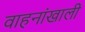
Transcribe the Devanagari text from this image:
वाहनांखाली